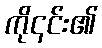
ကို၎င်း၏